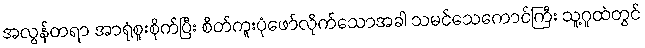
အလွန်တရာ အာရုံစူးစိုက်ပြီး စိတ်ကူးပုံဖော်လိုက်သောအခါ သမင်သေကောင်ကြီး သူ့ဂူထဲတွင်